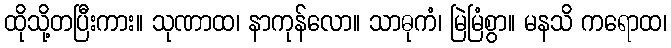
ထိုသို့တပြီးကား။ သုဏာထ၊ နာကုန်လော။ သာဓုကံ၊ မြဲမြံစွာ။ မနသိ ကရောထ၊